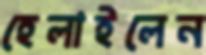
হেলাইলেন